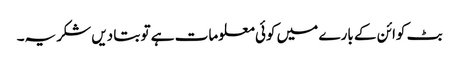
بٹ کوائن کے بارے میں کوئی معلومات ہے تو بتا دیں شکریہ۔